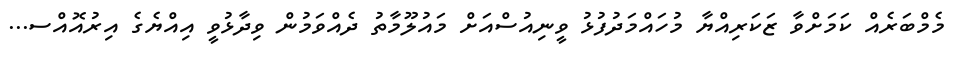
މެމްބަރެއް ކަމަށްވާ ޒަކަރިއްޔާ މުހައްމަދުފުޅު ވީނިއުސްއަށް މައުލޫމާތު ދެއްވަމުން ވިދާޅުވީ އިއްޔެގެ އިރުއޮއްސ...